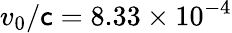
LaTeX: v_{0}/\mathsf{c}=8.33\times10^{-4}